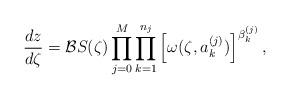
LaTeX: \begin{align*}\frac{dz}{d \zeta}&=\mathcal{B} S(\zeta)\prod_{j=0}^{M} \prod_{k=1}^{n_j} \left[\omega(\zeta,a_{k}^{(j)})\right]^{\beta_k^{(j)}},\end{align*}